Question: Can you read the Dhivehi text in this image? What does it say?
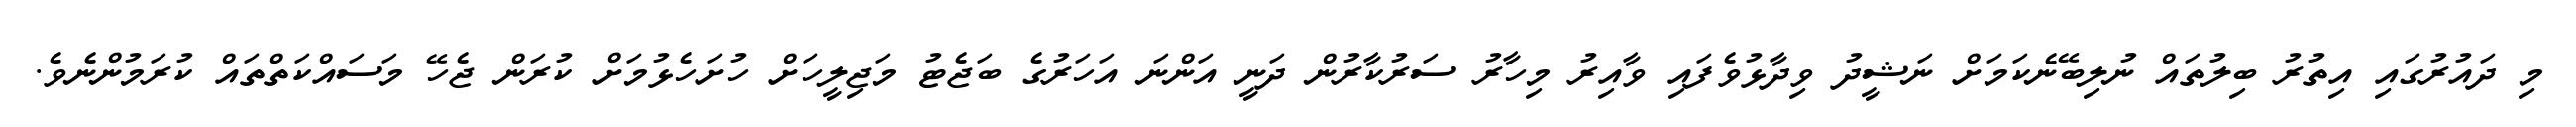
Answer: މި ދައުރުގައި އިތުރު ބިލުތައް ނުލިބޭނެކަމަށް ނަޝީދު ވިދާޅުވެފައި ވާއިރު މިހާރު ސަރުކާރުން ދަނީ އަންނަ އަހަރުގެ ބަޖެޓު މަޖިލީހަށް ހުށަހެޅުމަށް ކުރަން ޖެހޭ މަސައްކަތްތައް ކުރަމުންނެވެ.